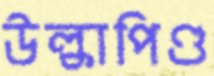
উল্কাপিণ্ড